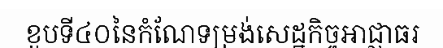
ខួបទី៤០នៃកំណែទម្រង់សេដ្ឋកិច្ចអាជ្ញាធរ